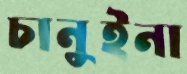
চানুইনা